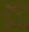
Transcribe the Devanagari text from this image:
टुटू